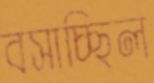
বসাচ্ছিল